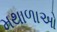
મથાળાઓ